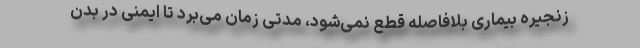
زنجیره بیماری بلافاصله قطع نمی‌شود، مدتی زمان می‌برد تا ایمنی در بدن